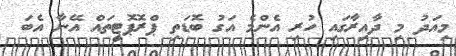
މިއަދު މި ދާއިރާގައި ހުރި އެންމެ އަގު ބޮޑަތި ޕްރޮޕޮޓީތައް އޭނާ އެބަ